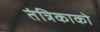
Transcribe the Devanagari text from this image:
तंत्रिकाको